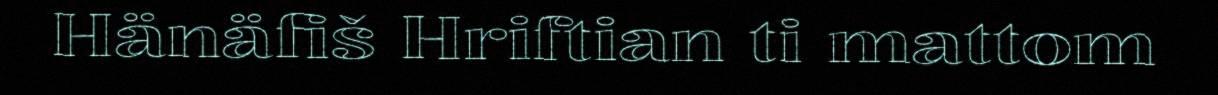
Hänäfiš Hriftian ti mattom